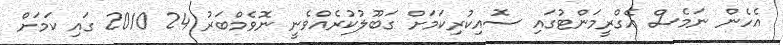
އެހެން ނަމެސް އެގްރީމަންޓުގައި ސޮއިކުރިކަމަށް ގަބޫލުކުރެއްވެނީ ނޮވެމްބަރު 24 2010 ގައި ކަމަށް